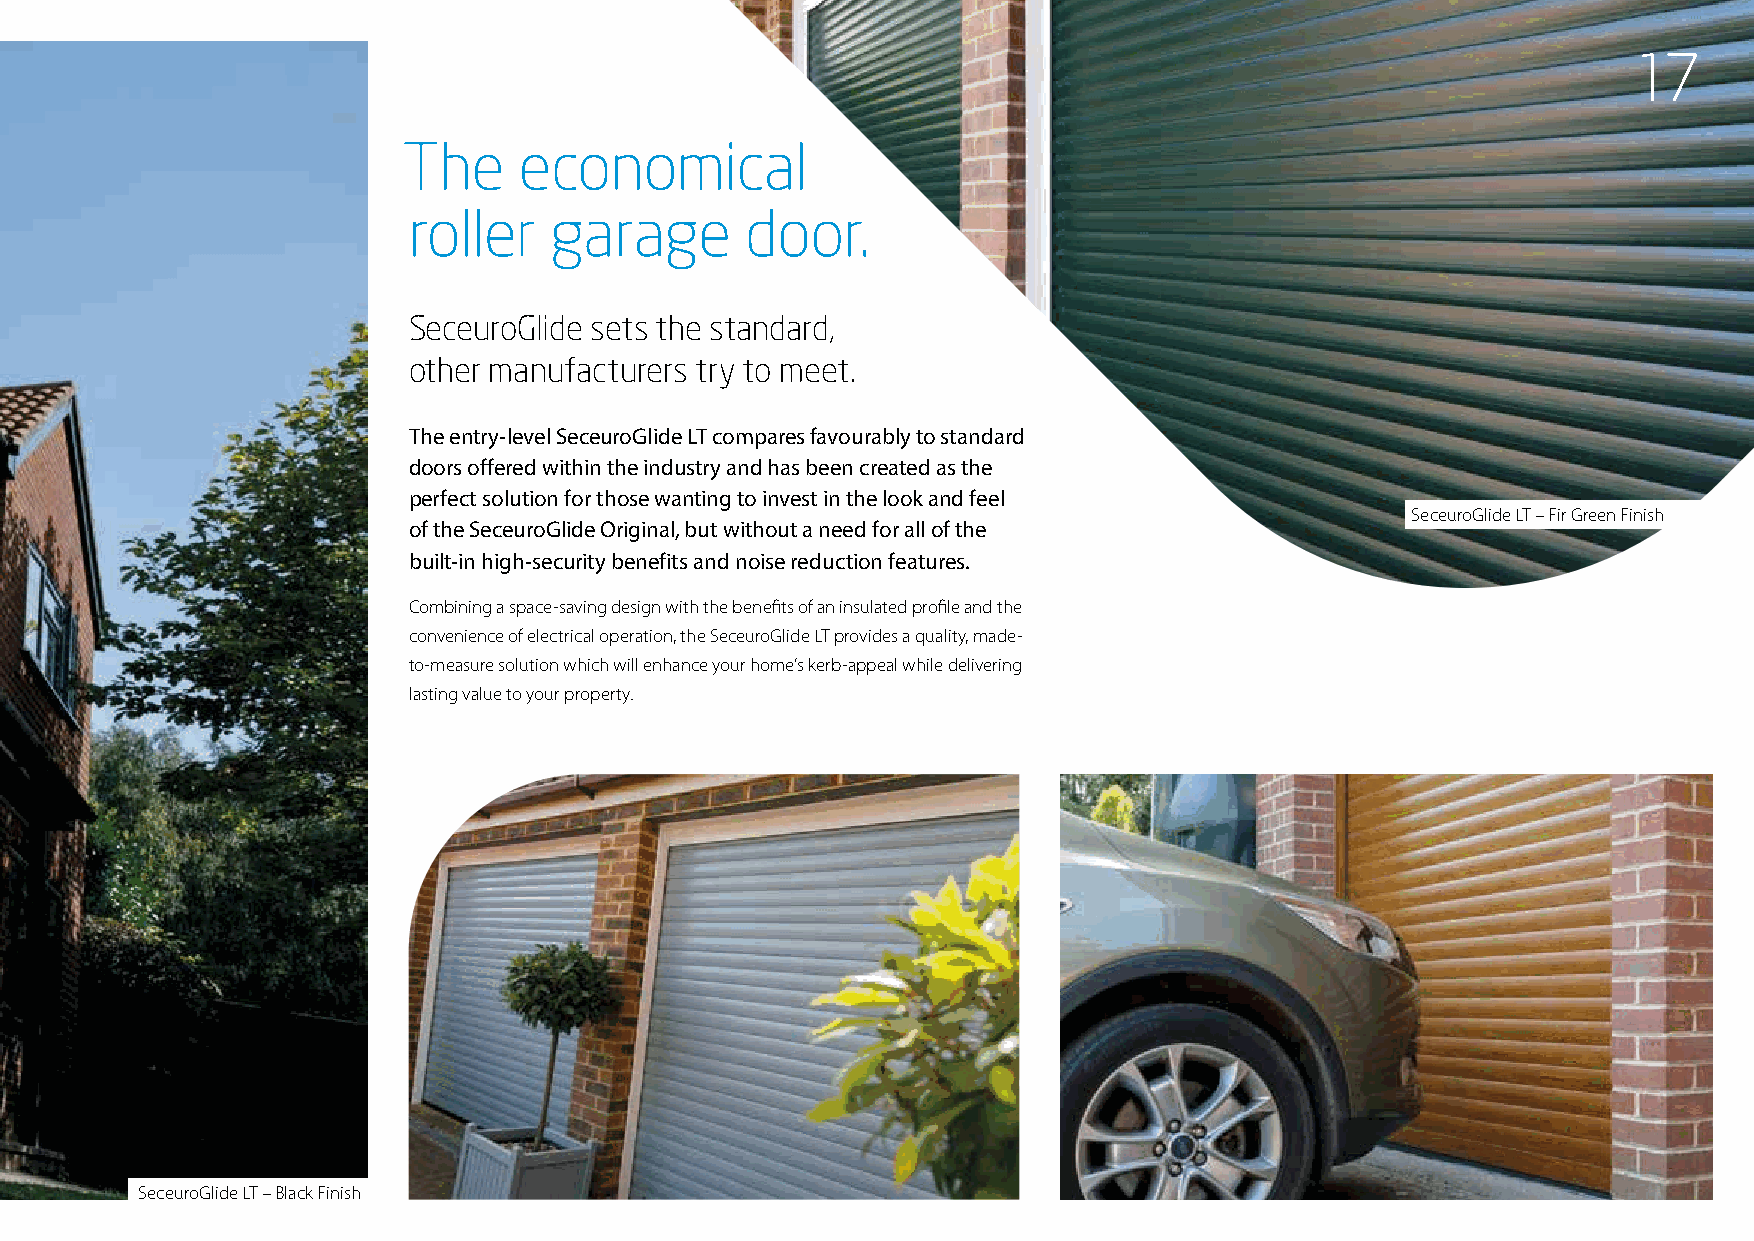
17
 T he   economical
 roller   garage       door.
 SeceuroGlide sets the standard,
 other manufacturers try to meet.
 The entry-level SeceuroGlide LT compares favourably to standard
 doors offered within the industry and has been created as the
 perfect solution for those wanting to invest in the look and feel
 SeceuroGlide LT – Fir Green Finish
 of the SeceuroGlide Original, but without a need for all of the
 built-in high-security benefits and noise reduction features.
 Combining a space-saving design with the benefits of an insulated profile and the
 convenience of electrical operation, the SeceuroGlide LT provides a quality, made-
 to-measure solution which will enhance your home’s kerb-appeal while delivering
 lasting value to your property.
 SeceuroGlide LT – Black Finish